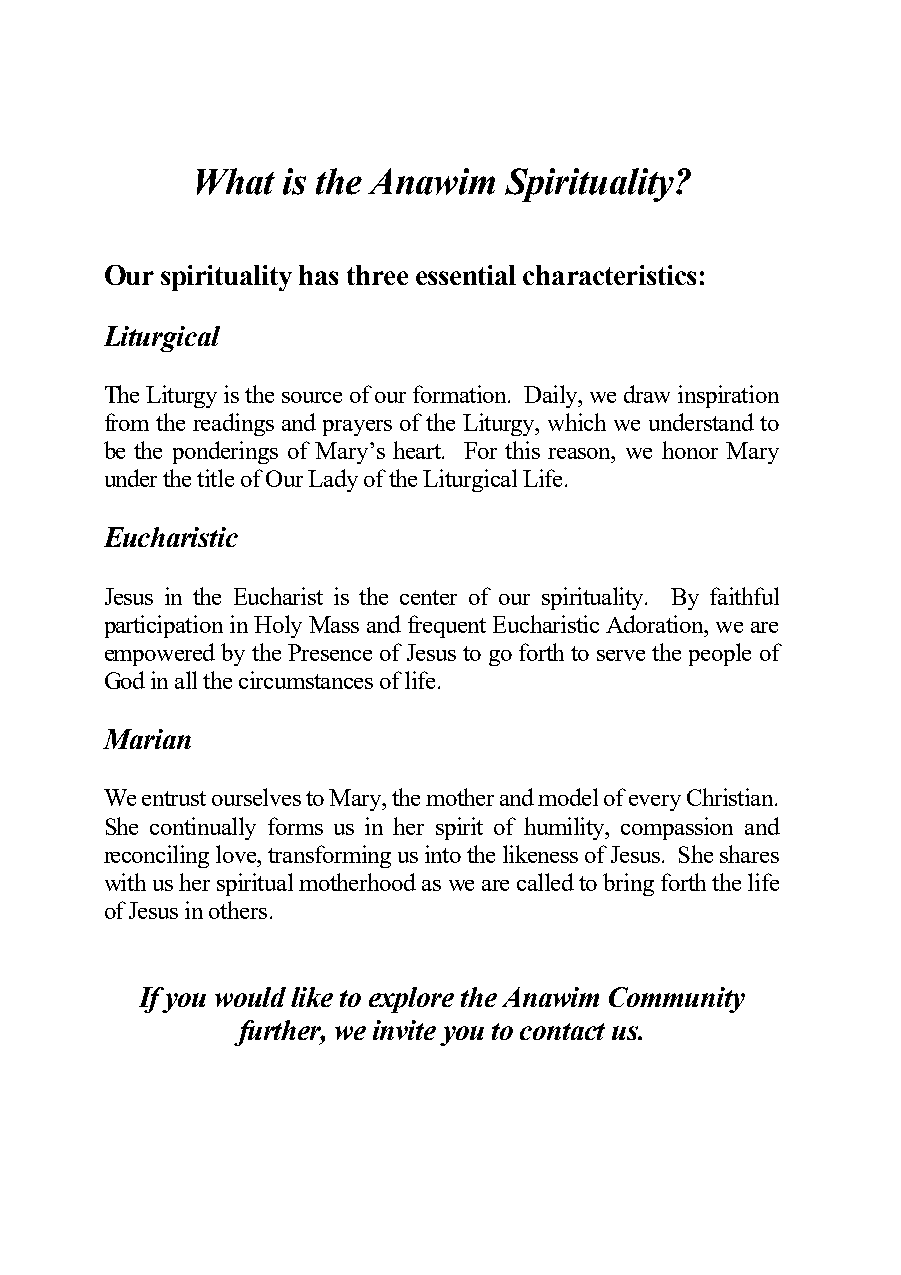
What  is the Anawim Spirituality?
 Our spirituality has three essential characteristics:
 Liturgical
 The Liturgy is the source of our formation. Daily, we draw inspiration
 from the readings and prayers of the Liturgy, which we understand to
 be the ponderings of Mary’s heart. For this reason, we honor Mary
 under the title of Our Lady of the Liturgical Life.
 Eucharistic
 Jesus in the Eucharist is the center of our spirituality. By faithful
 participation in Holy Mass and frequent Eucharistic Adoration, we are
 empowered by the Presence of Jesus to go forth to serve the people of
 God in all the circumstances of life.
 Marian
 We entrust ourselves to Mary, the mother and model of every Christian.
 She continually forms us in her spirit of humility, compassion and
 reconciling love, transforming us into the likeness of Jesus. She shares
 with us her spiritual motherhood as we are called to bring forth the life
 of Jesus in others.
 If you would like to explore the Anawim Community
 further, we invite you to contact us.